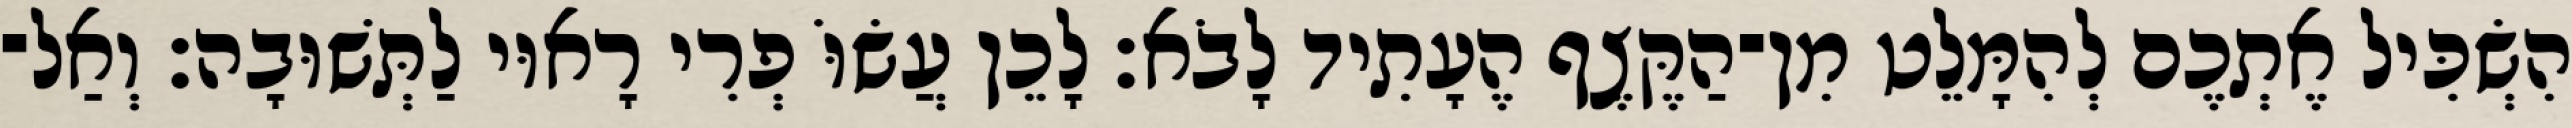
הִשְׂכִּיל אֶתְכֶם לְהִמָּלֵט מִן־הַקֶּצֶף הֶעָתִיד לָבֹא׃ לָכֵן עֲשׂוֹּ פְרִי רָאוּי לַתְּשׁוּבָה׃ וְאַל־